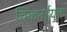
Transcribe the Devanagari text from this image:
चिकनईयुक्त